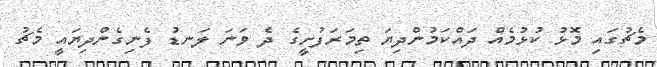
މެޗުގައި މޮޅު ކުޅުމެއް ދައްކަމުންދިޔަ ތިމަރަފުށީގެ ދެ ވަނަ ލަނޑު ފެނިގެންދިޔައީ މެޗު